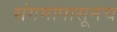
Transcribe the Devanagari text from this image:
संगमापासूनच